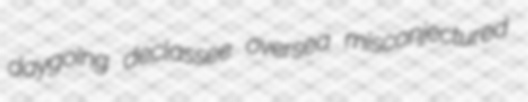
daygoing declassee oversea misconjectured